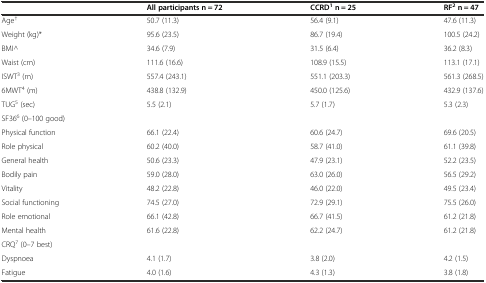
<table><thead><tr><td></td><td><b>All participants n = 72</b></td><td><b>CCRD<sup>1</sup> n = 25</b></td><td><b>RF<sup>2</sup> n = 47</b></td></tr></thead><tbody><tr><td>Age<sup>†</sup></td><td>50.7 (11.3)</td><td>56.4 (9.1)</td><td>47.6 (11.3)</td></tr><tr><td>Weight (kg)*</td><td>95.6 (23.5)</td><td>86.7 (19.4)</td><td>100.5 (24.2)</td></tr><tr><td>BMI^</td><td>34.6 (7.9)</td><td>31.5 (6.4)</td><td>36.2 (8.3)</td></tr><tr><td>Waist (cm)</td><td>111.6 (16.6)</td><td>108.9 (15.5)</td><td>113.1 (17.1)</td></tr><tr><td>ISWT<sup>3</sup> (m)</td><td>557.4 (243.1)</td><td>551.1 (203.3)</td><td>561.3 (268.5)</td></tr><tr><td>6MWT<sup>4</sup> (m)</td><td>438.8 (132.9)</td><td>450.0 (125.6)</td><td>432.9 (137.6)</td></tr><tr><td>TUG<sup>5</sup> (sec)</td><td>5.5 (2.1)</td><td>5.7 (1.7)</td><td>5.3 (2.3)</td></tr><tr><td colspan="4">SF36<sup>6</sup> (0–100 good)</td></tr><tr><td>Physical function</td><td>66.1 (22.4)</td><td>60.6 (24.7)</td><td>69.6 (20.5)</td></tr><tr><td>Role physical</td><td>60.2 (40.0)</td><td>58.7 (41.0)</td><td>61.1 (39.8)</td></tr><tr><td>General health</td><td>50.6 (23.3)</td><td>47.9 (23.1)</td><td>52.2 (23.5)</td></tr><tr><td>Bodily pain</td><td>59.0 (28.0)</td><td>63.0 (26.0)</td><td>56.5 (29.2)</td></tr><tr><td>Vitality</td><td>48.2 (22.8)</td><td>46.0 (22.0)</td><td>49.5 (23.4)</td></tr><tr><td>Social functioning</td><td>74.5 (27.0)</td><td>72.9 (29.1)</td><td>75.5 (26.0)</td></tr><tr><td>Role emotional</td><td>66.1 (42.8)</td><td>66.7 (41.5)</td><td>61.2 (21.8)</td></tr><tr><td>Mental health</td><td>61.6 (22.8)</td><td>62.2 (24.7)</td><td>61.2 (21.8)</td></tr><tr><td colspan="4">CRQ<sup>7</sup> (0–7 best)</td></tr><tr><td>Dyspnoea</td><td>4.1 (1.7)</td><td>3.8 (2.0)</td><td>4.2 (1.5)</td></tr><tr><td>Fatigue</td><td>4.0 (1.6)</td><td>4.3 (1.3)</td><td>3.8 (1.8)</td></tr></tbody></table>